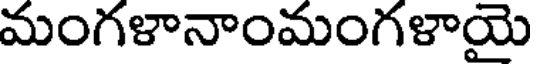
మంగళానాంమంగళాయె